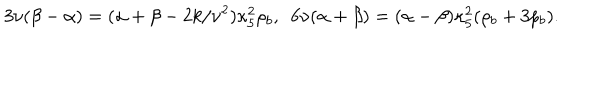
3 \nu ( \beta - \alpha ) = ( \alpha + \beta - 2 k / \nu ^ { 2 } ) \kappa _ { 5 } ^ { 2 } \rho _ { b } , ~ ~ 6 \nu ( \alpha + \beta ) = ( \alpha - \beta ) \kappa _ { 5 } ^ { 2 } ( \rho _ { b } + 3 p _ { b } ) .